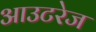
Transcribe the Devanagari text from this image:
आउटरेज